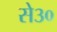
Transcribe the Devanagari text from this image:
से३०